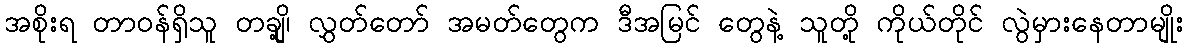
အစိုးရ တာဝန်ရှိသူ တချို့၊ လွှတ်တော် အမတ်တွေက ဒီအမြင် တွေနဲ့ သူတို့ ကိုယ်တိုင် လွဲမှားနေတာမျိုး